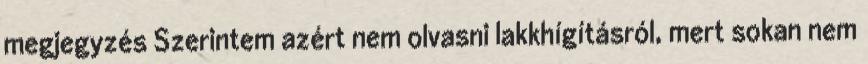
megjegyzés Szerintem azért nem olvasni lakkhígításról, mert sokan nem